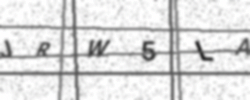
Text: JRW5LA